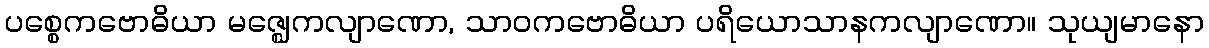
ပစ္စေကဗောဓိယာ မဇ္ဈေကလျာဏော, သာဝကဗောဓိယာ ပရိယောသာနကလျာဏော။ သုယျမာနော